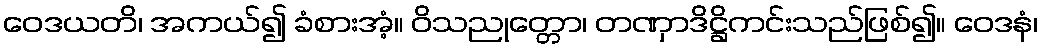
ဝေဒယတိ၊ အကယ်၍ ခံစားအံ့။ ဝိသညုတ္တော၊ တဏှာဒိဋ္ဌိကင်းသည်ဖြစ်၍။ ဝေဒနံ၊